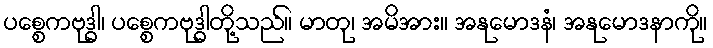
ပစ္စေကဗုဒ္ဓါ၊ ပစ္စေကဗုဒ္ဓါတို့သည်။ မာတု၊ အမိအား။ အနုမောဒနံ၊ အနုမောဒနာကို။